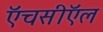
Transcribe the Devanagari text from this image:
ऍचसीऍल